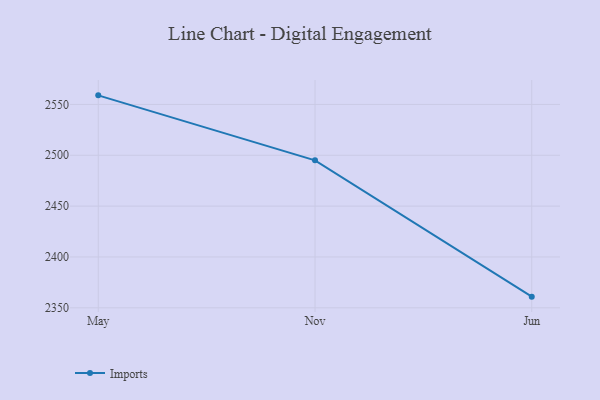
{"axis": {"x": "Month", "y": "Customer Acquisition Cost (USD)"}, "legend": ["Imports"], "data": [{"x": "May", "y": 2558.9, "type": "Imports"}, {"x": "Nov", "y": 2495.0, "type": "Imports"}, {"x": "Jun", "y": 2361.0, "type": "Imports"}]}